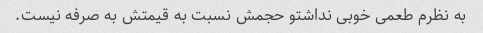
به نظرم طعمی خوبی نداشتو حجمش نسبت به قیمتش به صرفه نیست.